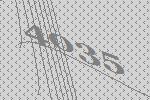
4035